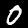
Label: 0